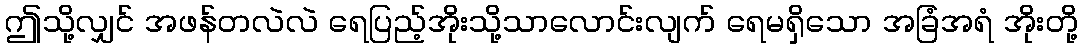
ဤသို့လျှင် အဖန်တလဲလဲ ရေပြည့်အိုးသို့သာလောင်းလျက် ရေမရှိသော အခြံအရံ အိုးတို့